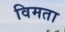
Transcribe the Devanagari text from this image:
विमता